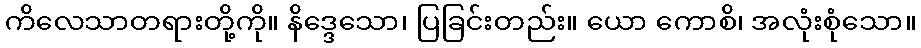
ကိလေသာတရားတို့ကို။ နိဒ္ဒေသော၊ ပြခြင်းတည်း။ ယော ကောစိ၊ အလုံးစုံသော။